Civil Veterinary Dept. Bombay admin report 1932-41 - 1932-1941
Year: 1932
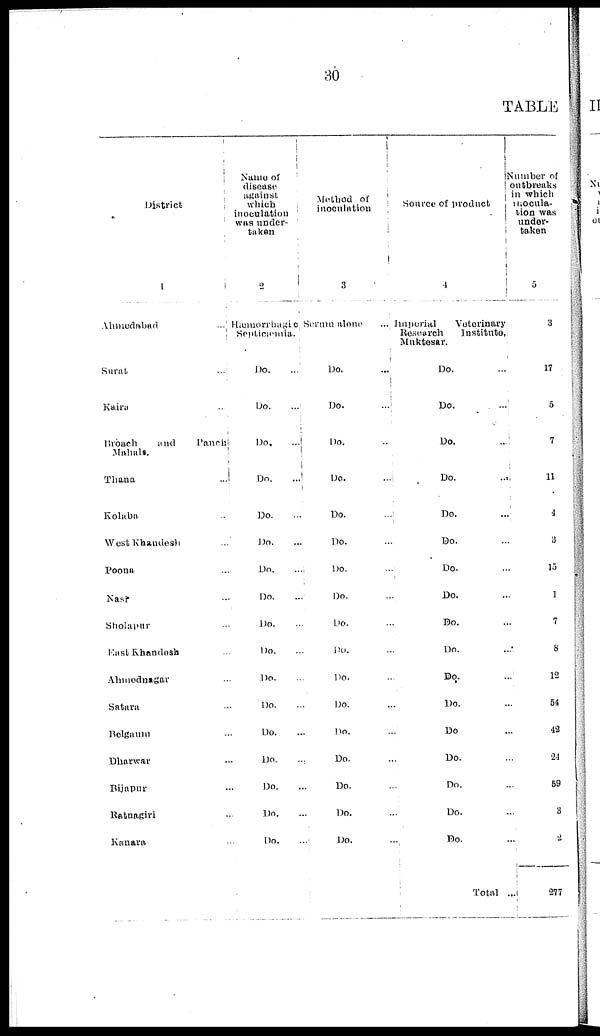
30
TABLE
District
1
Ahmedabad
...
Surat
...
Kaira ...
Broach
and
Panch
Mahals.
Thana
...
Kolaba ...
West Khandesh ...
Poona ...
Nast ...
Sholapur ...
East Khandesh ...
Ahmednagar ...
Satara ...
Belgaum ...
Dharwar ...
Bijapur ...
Ratnagiri ...
Kanara ...
Name of
disease
against
which
inoculation
was under-
taken
2
Hæmorrhagic
Septicæmia.
Do.
...
Do. ...
Do. ...
Do.
...
Do. ...
Do ....
Do.
...
Do. ...
Do. ...
Do. ...
Do. ...
Do. ...
Do. ...
Do.
...
Do. ...
Do. ...
Do. ...
Method of
inoculation
3
Serum alone
...
Do.
...
Do.
...
Do. ...
Do.
...
Do.
...
Do. ...
Do. ...
Do. ...
Do. ...
Do. ...
Do. ...
Do. ...
Do. ...
Do. ...
Do. ...
Do. ...
Do. ...
Source of product
4
Imperial
Veterinary
Research
Institute,
Muktesar.
Do. ...
Do.
...
Do.
...
Do.
...
Do.
...
Do. ...
Do. ...
Do. ...
Do. ...
Do. ...
Do. ...
Do. ...
Do. ...
Do. ...
Do. ...
Do. ...
Do. ...
Total ...
Number of
outbreaks
in which
inocula-
tion was
under-
taken
5
3
17
5
7
11
4
3
15
1
7
8
12
54
42
24
59
3
2
277